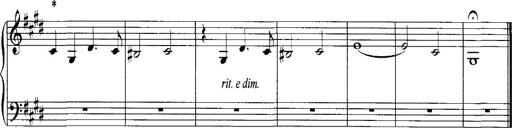
Title: Schlaflos! Frage und Antwort
Composer: Franz Liszt